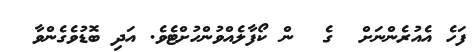
ފަހެ އެއުރެންނަށް  ގެ  ން ކޯފާލެއްވުންހުށްޓެވެ. އަދި ބޮޑުވެގެންވާ